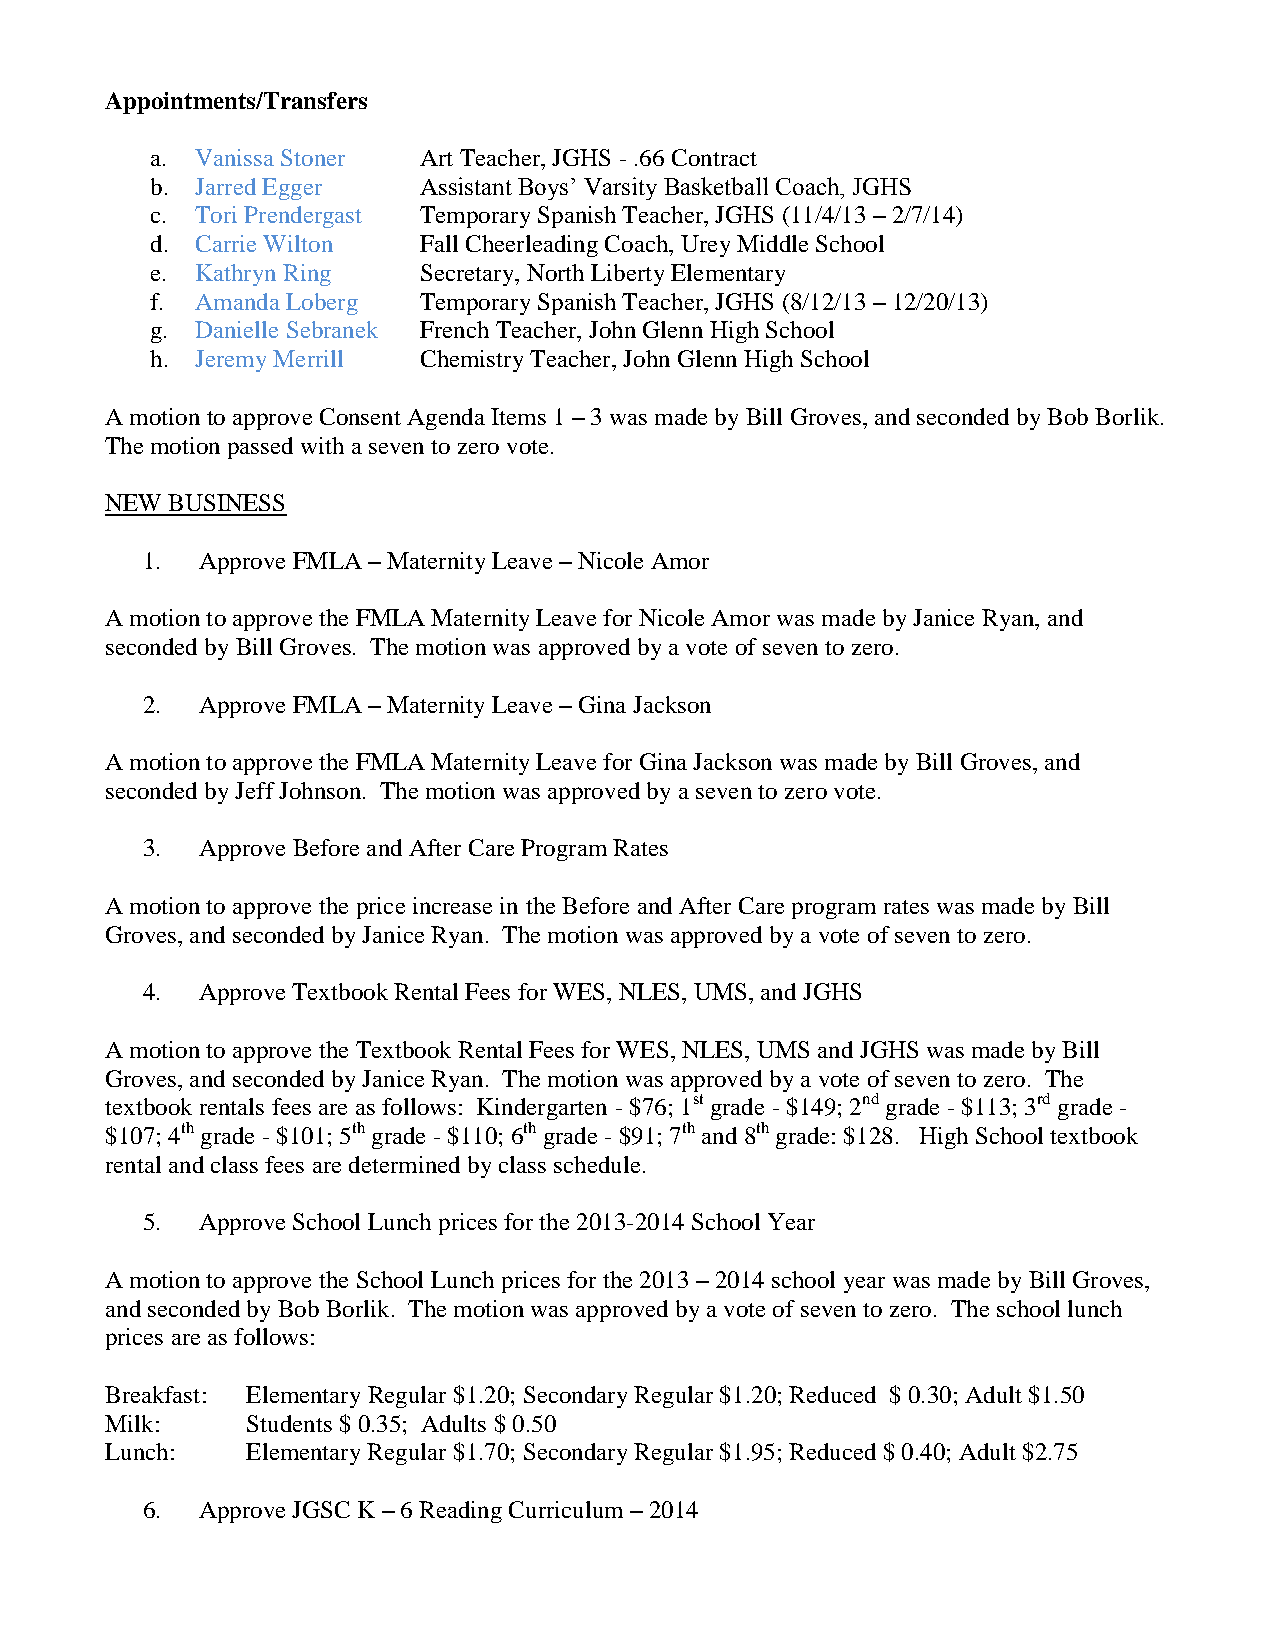
Appointments/Transfers
 a. Vanissa Stoner Art Teacher, JGHS - .66 Contract
 b. Jarred Egger   Assistant Boys’ Varsity Basketball Coach, JGHS
 c. Tori Prendergast Temporary Spanish Teacher, JGHS (11/4/13 – 2/7/14)
 d. Carrie Wilton  Fall Cheerleading Coach, Urey Middle School
 e. Kathryn Ring   Secretary, North Liberty Elementary
 f. Amanda Loberg  Temporary Spanish Teacher, JGHS (8/12/13 – 12/20/13)
 g. Danielle Sebranek French Teacher, John Glenn High School
 h. Jeremy Merrill Chemistry Teacher, John Glenn High School
 A motion to approve Consent Agenda Items 1 – 3 was made by Bill Groves, and seconded by Bob Borlik.
 The motion passed with a seven to zero vote.
 NEW BUSINESS
 1.  Approve FMLA – Maternity Leave – Nicole Amor
 A motion to approve the FMLA Maternity Leave for Nicole Amor was made by Janice Ryan, and
 seconded by Bill Groves. The motion was approved by a vote of seven to zero.
 2.  Approve FMLA – Maternity Leave – Gina Jackson
 A motion to approve the FMLA Maternity Leave for Gina Jackson was made by Bill Groves, and
 seconded by Jeff Johnson. The motion was approved by a seven to zero vote.
 3.  Approve Before and After Care Program Rates
 A motion to approve the price increase in the Before and After Care program rates was made by Bill
 Groves, and seconded by Janice Ryan. The motion was approved by a vote of seven to zero.
 4.  Approve Textbook Rental Fees for WES, NLES, UMS, and JGHS
 A motion to approve the Textbook Rental Fees for WES, NLES, UMS and JGHS was made by Bill
 Groves, and seconded by Janice Ryan. The motion was approved by a vote of seven to zero. The
 textbook rentals fees are as follows: Kindergarten - $76; 1st grade - $149; 2nd grade - $113; 3rd grade -
 $107; 4th grade - $101; 5th grade - $110; 6th grade - $91; 7th and 8th grade: $128. High School textbook
 rental and class fees are determined by class schedule.
 5.  Approve School Lunch prices for the 2013-2014 School Year
 A motion to approve the School Lunch prices for the 2013 – 2014 school year was made by Bill Groves,
 and seconded by Bob Borlik. The motion was approved by a vote of seven to zero. The school lunch
 prices are as follows:
 Breakfast: Elementary Regular $1.20; Secondary Regular $1.20; Reduced $ 0.30; Adult $1.50
 Milk:    Students $ 0.35; Adults $ 0.50
 Lunch:   Elementary Regular $1.70; Secondary Regular $1.95; Reduced $ 0.40; Adult $2.75
 6.  Approve JGSC K – 6 Reading Curriculum – 2014